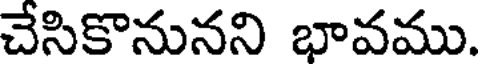
చేసికొనునని భావము.